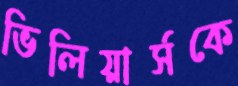
ভিলিয়ার্সকে